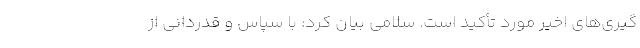
گیری‌های اخیر مورد تأکید است. سلامی بیان کرد: با سپاس و قدردانی از